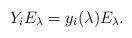
LaTeX: \begin{align*}Y_i E_\lambda = y_i(\lambda) E_\lambda.\end{align*}